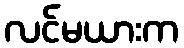
လင်မယားက